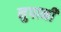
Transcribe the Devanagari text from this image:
नुपानी